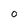
Character: O